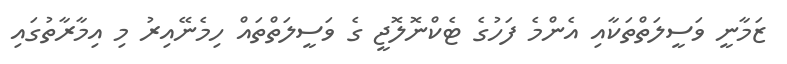
ޒަމާނީ ވަސީލަތްތަކާއި އެންމެ ފަހުގެ ޓެކްނޮލޮޖީ ގެ ވަސީލަތްތައް ހިމެނޭއިރު މި އިމާރާތުގައި